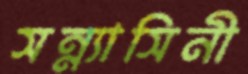
সন্ন্যাসিনী